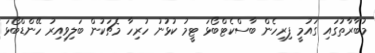
މުބާރާތުގައި ގައުމީ ފިރިހެން ބާސްކެޓްބޯޅަ ޓީމު ކުޅުނު ހުރިހާ މެޗަކުން ބަލިވިއިރު ހޭންޑްބޯޅަ